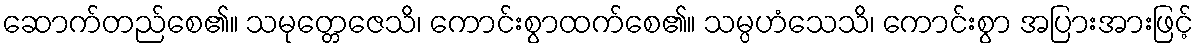
ဆောက်တည်စေ၏။ သမုတ္တေဇေသိ၊ ကောင်းစွာထက်စေ၏။ သမ္ပဟံသေသိ၊ ကောင်းစွာ အပြားအားဖြင့်